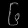
Digit: ၆